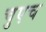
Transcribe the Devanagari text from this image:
चुएच